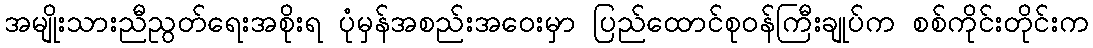
အမျိုးသားညီညွတ်ရေးအစိုးရ ပုံမှန်အစည်းအဝေးမှာ ပြည်ထောင်စုဝန်ကြီးချုပ်က စစ်ကိုင်းတိုင်းက